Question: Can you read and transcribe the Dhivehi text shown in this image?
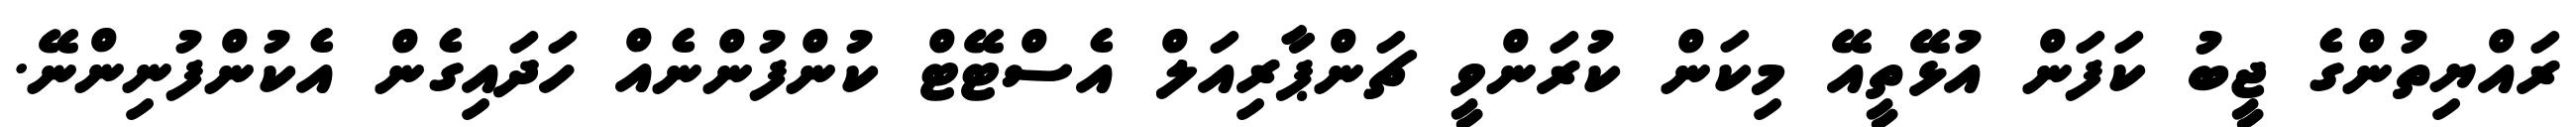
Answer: ރައްޔިތުންގެ ޖީބު ކަފަން އުޅޭތީއޭ މިކަން ކުރަންވީ ޗަންޕާރިއަލް އެސްޓޭޓް ކުންފުންނެއް ހަދައިގެން އެކުންފުނިންނޭ.